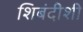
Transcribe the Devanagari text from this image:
शिबंदीशी